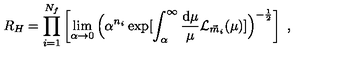
R _ { H } = \prod _ { i = 1 } ^ { N _ { f } } \left[ \lim _ { \alpha \rightarrow 0 } \Big ( \alpha ^ { n _ { i } } \exp [ \int _ { \alpha } ^ { \infty } \frac { \mathrm { d } \mu } { \mu } { \cal L } _ { \vec { m } _ { i } } ( \mu ) ] \Big ) ^ { - \frac { 1 } { 2 } } \right] \ ,